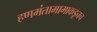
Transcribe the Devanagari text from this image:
हणमंतामामाकडूनच